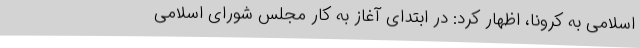
اسلامی به کرونا، اظهار کرد: در ابتدای آغاز به کار مجلس شورای اسلامی